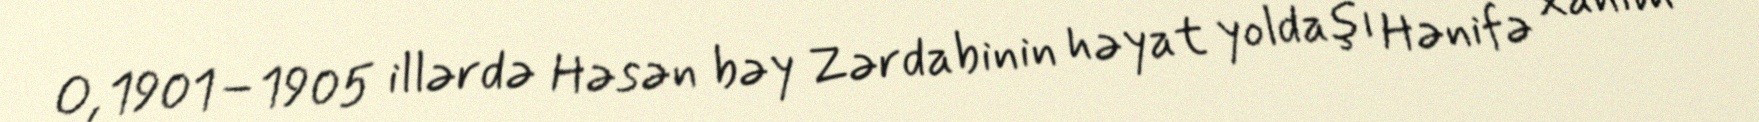
O, 1901–1905 illərdə Həsən bəy Zərdabinin həyat yoldaşı Hənifə xanım